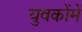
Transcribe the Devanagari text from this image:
युवकोंमें